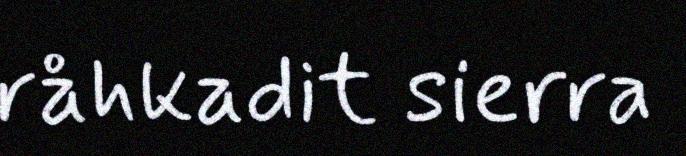
råhkadit sierra